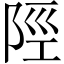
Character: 陘